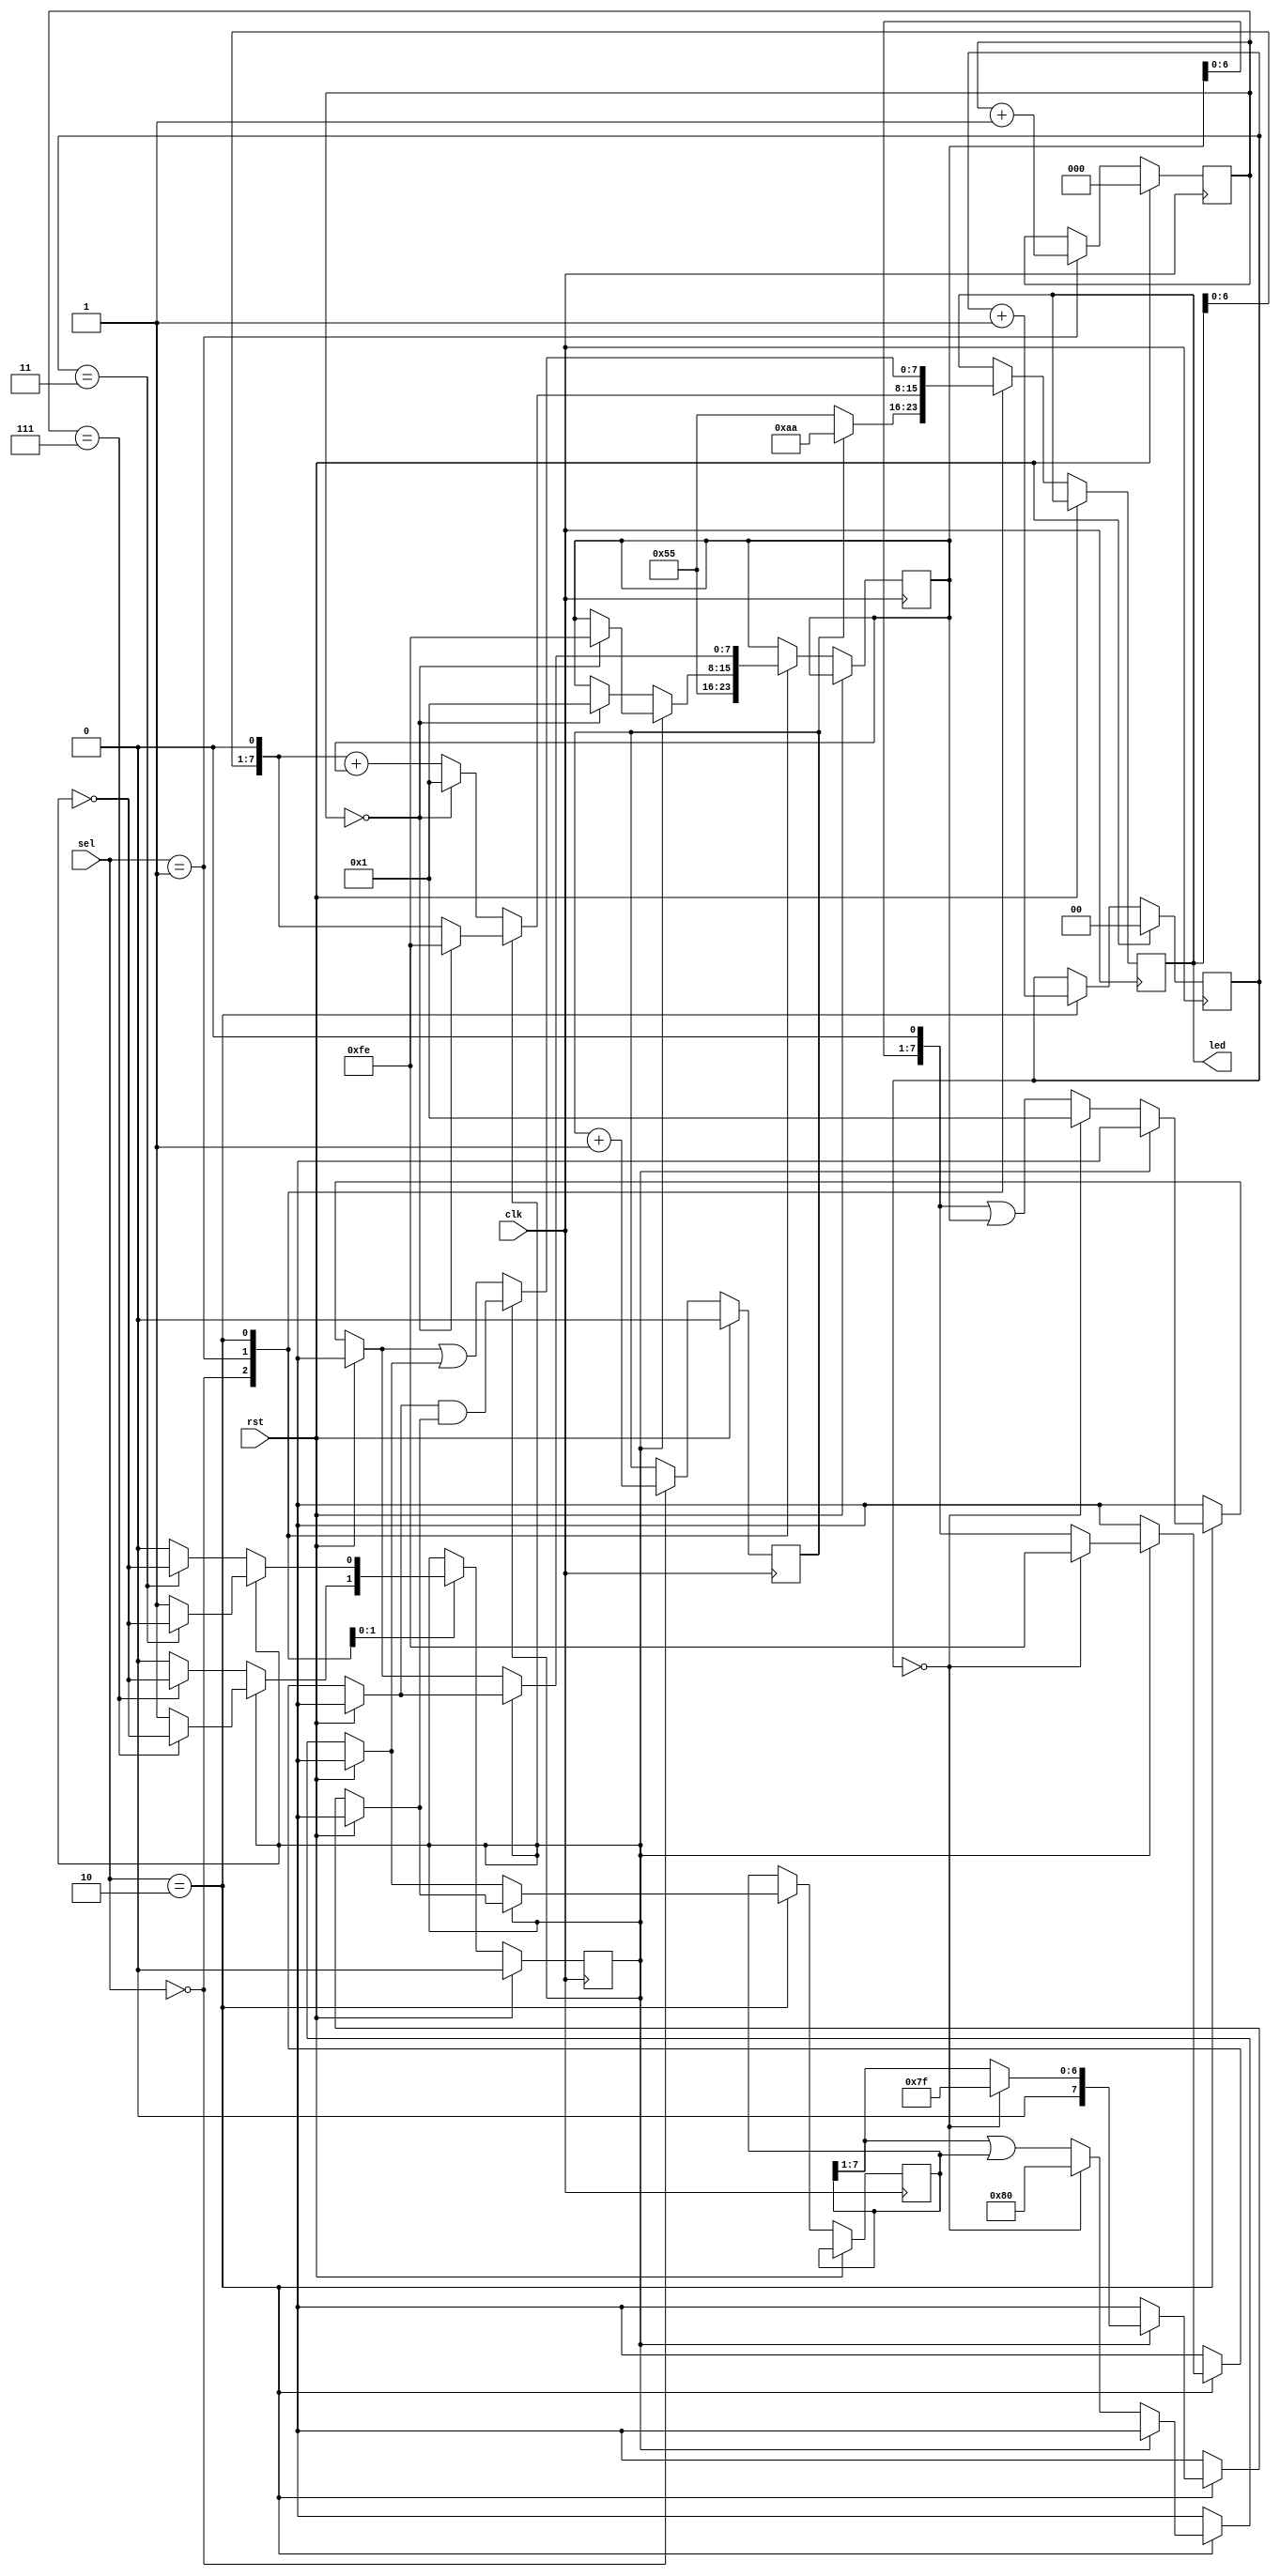
// lights.v
module paomadeng(rst,clk,sel,led);
input rst,clk;
input[1:0]sel;
output[7:0]led;
reg[7:0]led;
reg[7:0]led_r,led_r1;
reg cnt1,dir;
reg[2:0]cnt2;
reg[1:0]cnt3;

always@(posedge clk)
begin
 if(rst)begin cnt1<=0;cnt2<=0;cnt3<=0;dir<=0;end
 else
  case(sel)
   2'b00:
    begin
     led_r=8'b01010101;
     if(cnt1==0)led<=led_r;
     else led <=led_r<<1;
     cnt1<=cnt1+1;
    end
   
   2'b01:
   begin
   if(!dir)
    begin
     if(cnt2==0)
      begin 
      led_r=8'b00000001;led<=led_r;
      end
     else begin led<=(led<<1)+led_r;end

     if(cnt2==7)begin dir<=~dir;end
     cnt2<=cnt2+1;
    end

   else
    begin
     if(cnt2==0)
      begin
      led_r=8'b11111110;led<=led_r;
      end
     else begin led<=led<<1;end

     if(cnt2==7)begin dir<=~dir;end
     cnt2<=cnt2+1;
    end
   end

   2'b10:
    begin
     if(!dir)
      begin
       if(cnt3==0)begin led_r=8'b00000001;led_r1=8'b10000000;end
       else
        begin
         led_r=(led_r<<1)|led_r;
         led_r1=(led_r1>>1)|led_r1;
        end
       led<=led_r|led_r1;
       if(cnt3==3)begin dir<=~dir;end
       cnt3<=cnt3+1;
      end
     else
      begin
       if(cnt3==0)begin led_r=8'b11111110;led_r1=8'b01111111;end
       else begin led_r=led_r<<1;led_r1=led_r1>>1;end
       led<=led_r&led_r1;
       if(cnt3==3)begin dir<=~dir;end
       cnt3<=cnt3+1;
      end
    end
   default:;
  endcase
end
endmodule